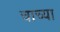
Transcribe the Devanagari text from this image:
चाच्या